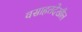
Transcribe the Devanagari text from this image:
वसाहतदेखील